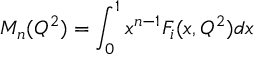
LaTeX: M _ { n } ( Q ^ { 2 } ) = \int _ { 0 } ^ { 1 } x ^ { n - 1 } F _ { i } ( x , Q ^ { 2 } ) d x